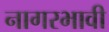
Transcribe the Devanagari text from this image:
नागरभावी